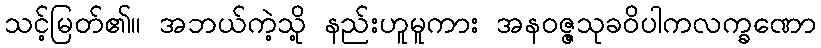
သင့်မြတ်၏။ အဘယ်ကဲ့သို့ နည်းဟူမူကား အနဝဇ္ဇသုခဝိပါကလက္ခဏော